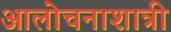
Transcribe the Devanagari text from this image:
आलोचनाशात्री